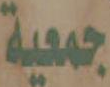
جمعية